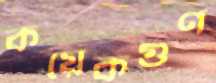
কয়েকগুণ